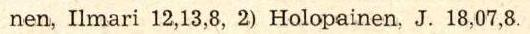
nen, Ilmari 12,13,8, 2) Holopainen, J. 18,07,8.